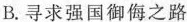
B.寻求强国御侮之路